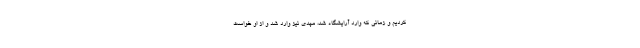
کردیم و زمانی که وارد آرایشگاه شد، مهدی نیز وارد شد و از او خواست